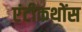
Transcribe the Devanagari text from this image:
एंटीकथोंस